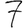
Digit: 7